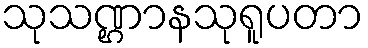
သုသဏ္ဌာနသုရူပတာ